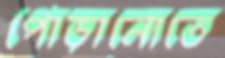
পোড়ানোতে